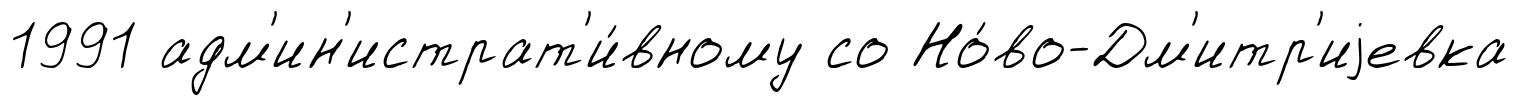
1991 адм'ин'истрат'и́вному со Но́во-Дм'итр'иjевка